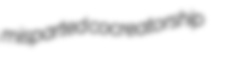
misparted cocreatorship